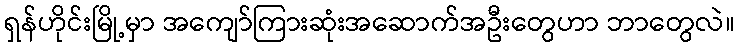
ရှန်ဟိုင်းမြို့မှာ အကျော်ကြားဆုံးအဆောက်အဦးတွေဟာ ဘာတွေလဲ။